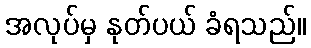
အလုပ်မှ နုတ်ပယ် ခံရသည်။